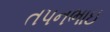
તપનભાઇ